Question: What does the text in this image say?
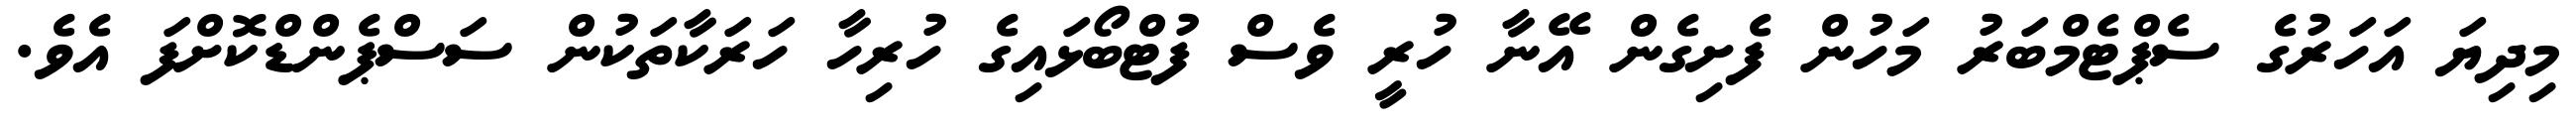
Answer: މިދިޔަ އަހަރުގެ ސެޕްޓެމްބަރު މަހުން ފެށިގެން އޭނާ ހުރީ ވެސް ފުޓްބޯޅައިގެ ހުރިހާ ހަރަކާތަކުން ސަސްޕެންޑްކޮށްފަ އެވެ.